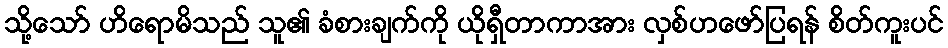
သို့သော် ဟိရောမိသည် သူ၏ ခံစားချက်ကို ယိုရှီတာကာအား လှစ်ဟဖော်ပြရန် စိတ်ကူးပင်